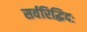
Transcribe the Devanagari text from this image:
सर्वरिद्धिदः